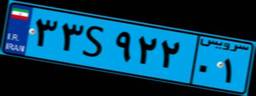
۳۳S۹۲۲۰۱